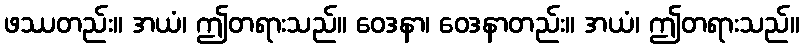
ဖဿတည်း။ အယံ၊ ဤတရားသည်။ ဝေဒနာ၊ ဝေဒနာတည်း။ အယံ၊ ဤတရားသည်။